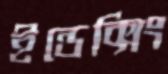
ইন্ডেক্সিং